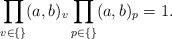
LaTeX: \begin{align*}\prod_{v\in\{\}}(a,b)_v\prod_{p\in\{\}}(a,b)_p=1.\end{align*}